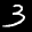
Label: 3